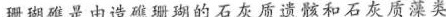
珊瑚礁是由造礁珊瑚的石灰质遗骸和石灰质藻类